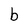
Character: b